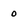
Character: 0